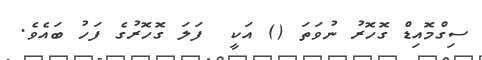
ސިގްމޮއިޑް ގޮހޮރު ނުވަތަ () އަކީ  ފަލަ ގޮހޮރުގެ ފަހު ބައެވެ.